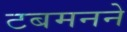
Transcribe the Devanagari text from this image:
टबमनने